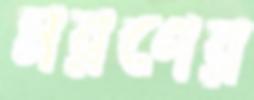
মরণের